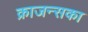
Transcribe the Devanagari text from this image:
क्राजन्सका